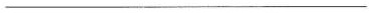
___